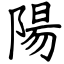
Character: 陽